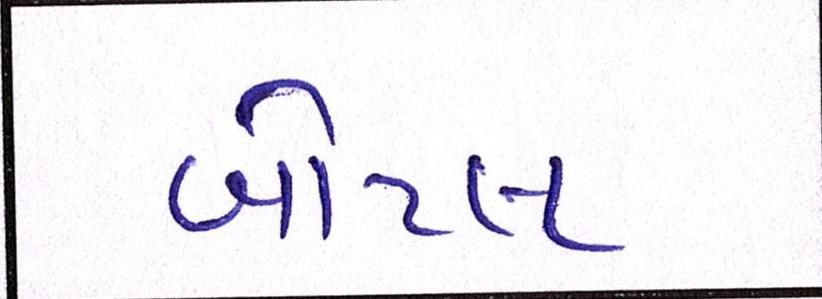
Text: બોટલ